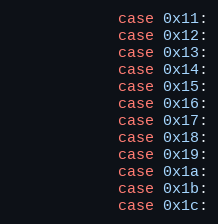
Language: C
            case 0x11:
            case 0x12:
            case 0x13:
            case 0x14:
            case 0x15:
            case 0x16:
            case 0x17:
            case 0x18:
            case 0x19:
            case 0x1a:
            case 0x1b:
            case 0x1c: